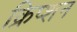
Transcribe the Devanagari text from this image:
क्रिप्शन